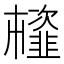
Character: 𩐊